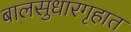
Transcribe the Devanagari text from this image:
बालसुधारगृहात